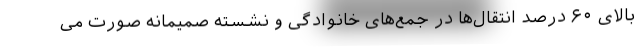
بالای ۶۰ درصد انتقال‌ها در جمع‌های خانوادگی و نشسته صمیمانه صورت می